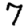
Digit: 7